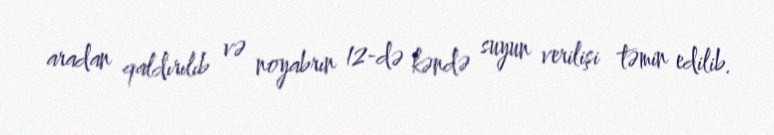
aradan qaldırılıb və noyabrın 12-də kəndə suyun verilişi təmin edilib.